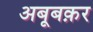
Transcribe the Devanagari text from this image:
अबूबक़र